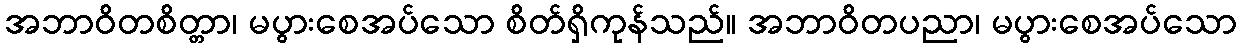
အဘာဝိတစိတ္တာ၊ မပွားစေအပ်သော စိတ်ရှိကုန်သည်။ အဘာဝိတပညာ၊ မပွားစေအပ်သော